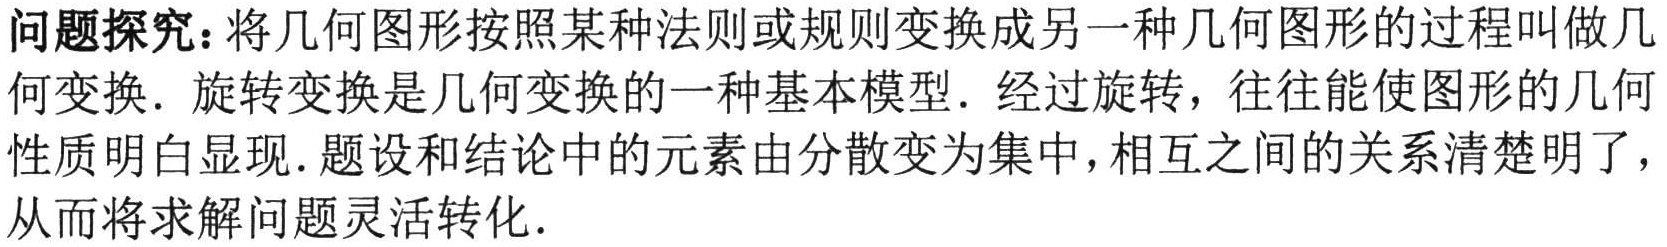
问题探究：将几何图形按照某种法则或规则变换成另一种几何图形的过程叫做几何变换．旋转变换是几何变换的一种基本模型．经过旋转，往往能使图形的几何性质明白显现．题设和结论中的元素由分散变为集中，相互之间的关系清楚明了，从而将求解问题灵活转化．